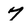
Character: 7